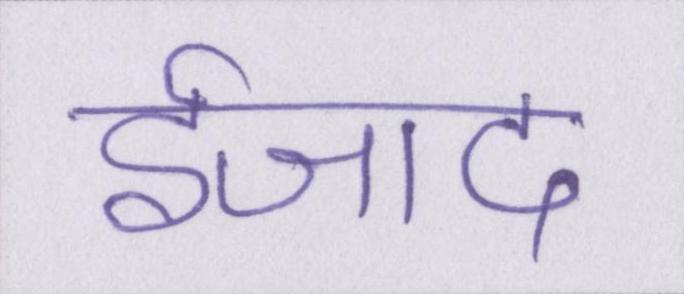
ईजाद